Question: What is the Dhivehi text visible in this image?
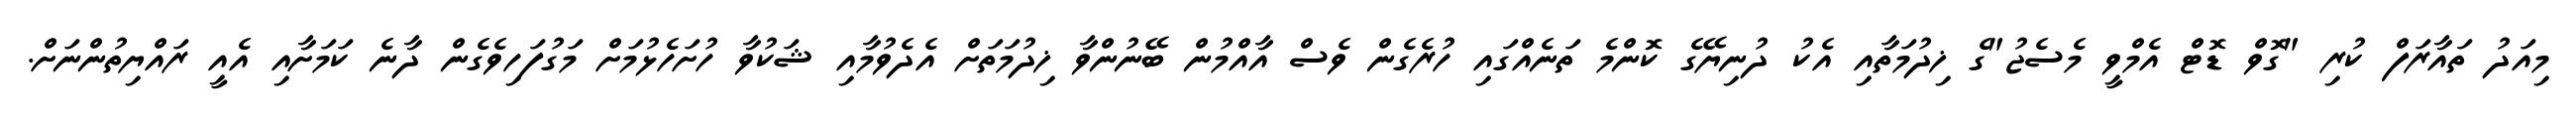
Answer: މިއަދު ތައާރަފް ކުރި "ގޮވް ޑޮޓް އެމްވީ މެސެޖު"ގެ ޚިދުމަތާއި އެކު ދުނިޔޭގެ ކޮންމެ ތަނެއްގައި ހުރެގެން ވެސް އާއްމުން ބޭނުންވާ ޚިދުމަތަށް އެދެވުމާއި ޝަކުވާ ހުށަހެޅުމަށް މަގުފަހިވެގެން ދާނެ ކަމަށާއި އެއީ ރައްޔިތުންނަށް.